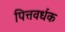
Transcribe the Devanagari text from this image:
पित्तवर्धक